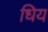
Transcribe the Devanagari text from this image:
धिय